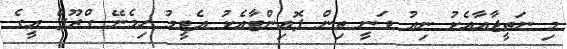
މި ނަތީޖާއާއެކު ނިއު ވަނީ ތިން ޕޮއިންޓާއެކު އެޓީމު ހިމެނޭ ގްރޫޕް އީގެ